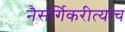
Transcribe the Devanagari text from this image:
नैसर्गिकरीत्याच